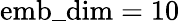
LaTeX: \mathrm{emb\_ dim}=10